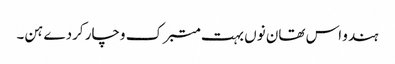
ہندو اس تھان نوں بہت متبرک وچار کردے ہن۔